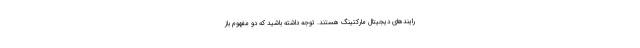
رایندهای دیجیتال مارکتینگ هستند. توجه داشته باشید که دو مفهوم باز